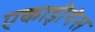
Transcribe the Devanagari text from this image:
एकाड़ीयंस